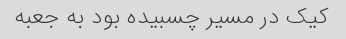
کیک در مسیر چسبیده بود به جعبه